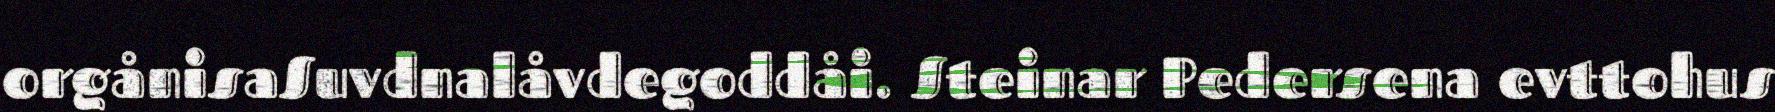
orgånisaSuvdnalåvdegoddåi. Steinar Pedersena evttohus